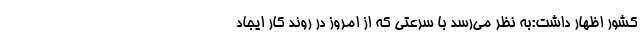
کشور اظهار داشت:به نظر می‌رسد با سرعتی که از امروز در روند کار ایجاد